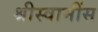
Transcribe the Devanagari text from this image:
श्रीस्वामींस